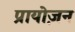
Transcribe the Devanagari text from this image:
प्रायोज़न